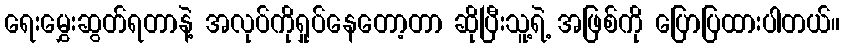
ရေးမွှေးဆွတ်ရတာနဲ့ အလုပ်ကိုရှုပ်နေတော့တာ ဆိုပြီးသူ့ရဲ့ အဖြစ်ကို ပြောပြထားပါတယ်။